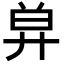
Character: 𢍋